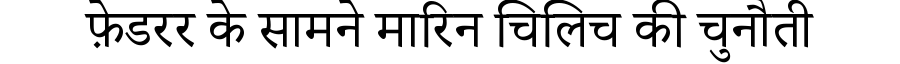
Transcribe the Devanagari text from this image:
फ़ेडरर के सामने मारिन चिलिच की चुनौती